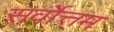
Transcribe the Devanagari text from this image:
सर्वाेत्तम